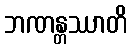
ဘဏန္တဿာတိ